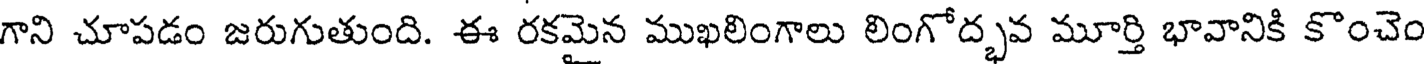
గాని చూపడం జరుగుతుంది. ఈ రకమైన ముఖలింగాలు లింగోద్భవ మూర్తి భావానికి కొంచెం